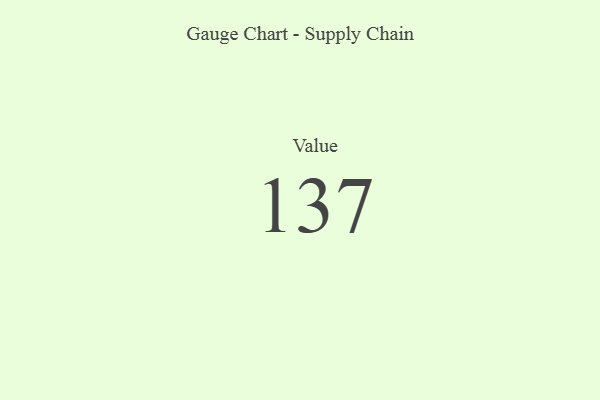
{"axis": {"x": "Metric", "y": "Value"}, "legend": [""], "data": [{"x": "Value", "y": 137, "type": ""}]}